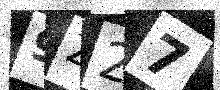
Text: 9Z27